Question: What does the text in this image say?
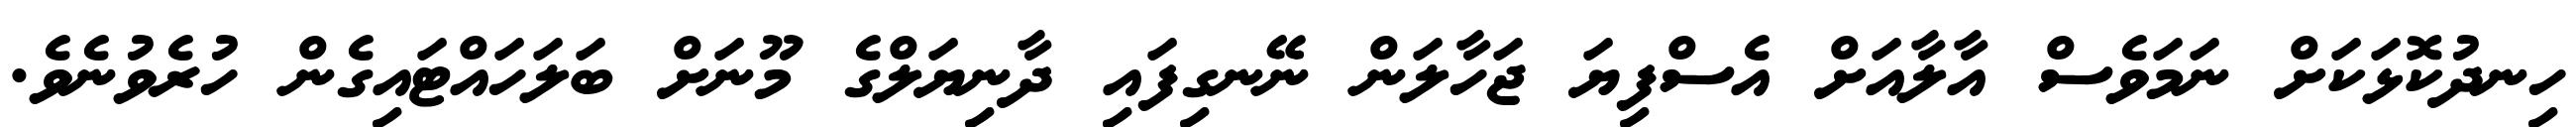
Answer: ހިނދުކޮޅަކަށް ނަމަވެސް އާލާއަށް އެސްފިޔަ ޖަހާލަން ނޭނގިފައި ދާނިޔަލްގެ މޫނަށް ބަލަހައްޓައިގެން ހުރެވުނެވެ.